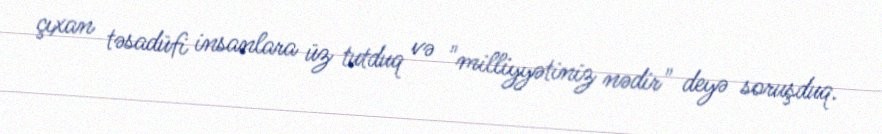
çıxan təsadüfi insanlara üz tutduq və "milliyyətiniz nədir" deyə soruşduq.